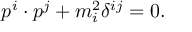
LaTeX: p ^ { i } \cdot p ^ { j } + m _ { i } ^ { 2 } \delta ^ { i j } = 0 .